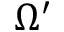
\Omega ^ { \prime }